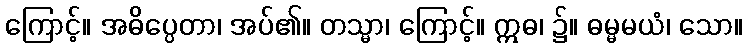
ကြောင့်။ အဓိပ္ပေတာ၊ အပ်၏။ တသ္မာ၊ ကြောင့်။ ဣဓ၊ ၌။ ဓမ္မမယံ၊ သော။